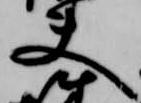
夫